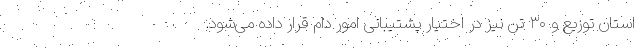
استان توزیع و ۳۰ تُن نیز در اختیار پشتیبانی امور دام قرار داده می‌شود.